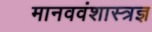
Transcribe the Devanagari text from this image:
मानववंशास्त्रज्ञ